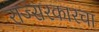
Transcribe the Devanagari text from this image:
राज्सरकारचा